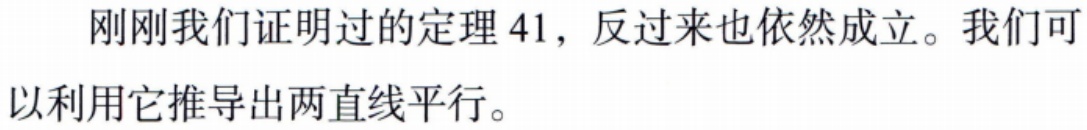
刚刚我们证明过的定理 41，反过来也依然成立。我们可以利用它推导出两直线平行。